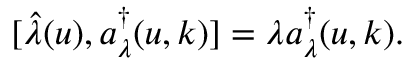
[ \hat { \lambda } ( u ) , a _ { \lambda } ^ { \dagger } ( u , k ) ] = \lambda a _ { \lambda } ^ { \dagger } ( u , k ) .